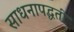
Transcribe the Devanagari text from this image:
साधनापद्धती